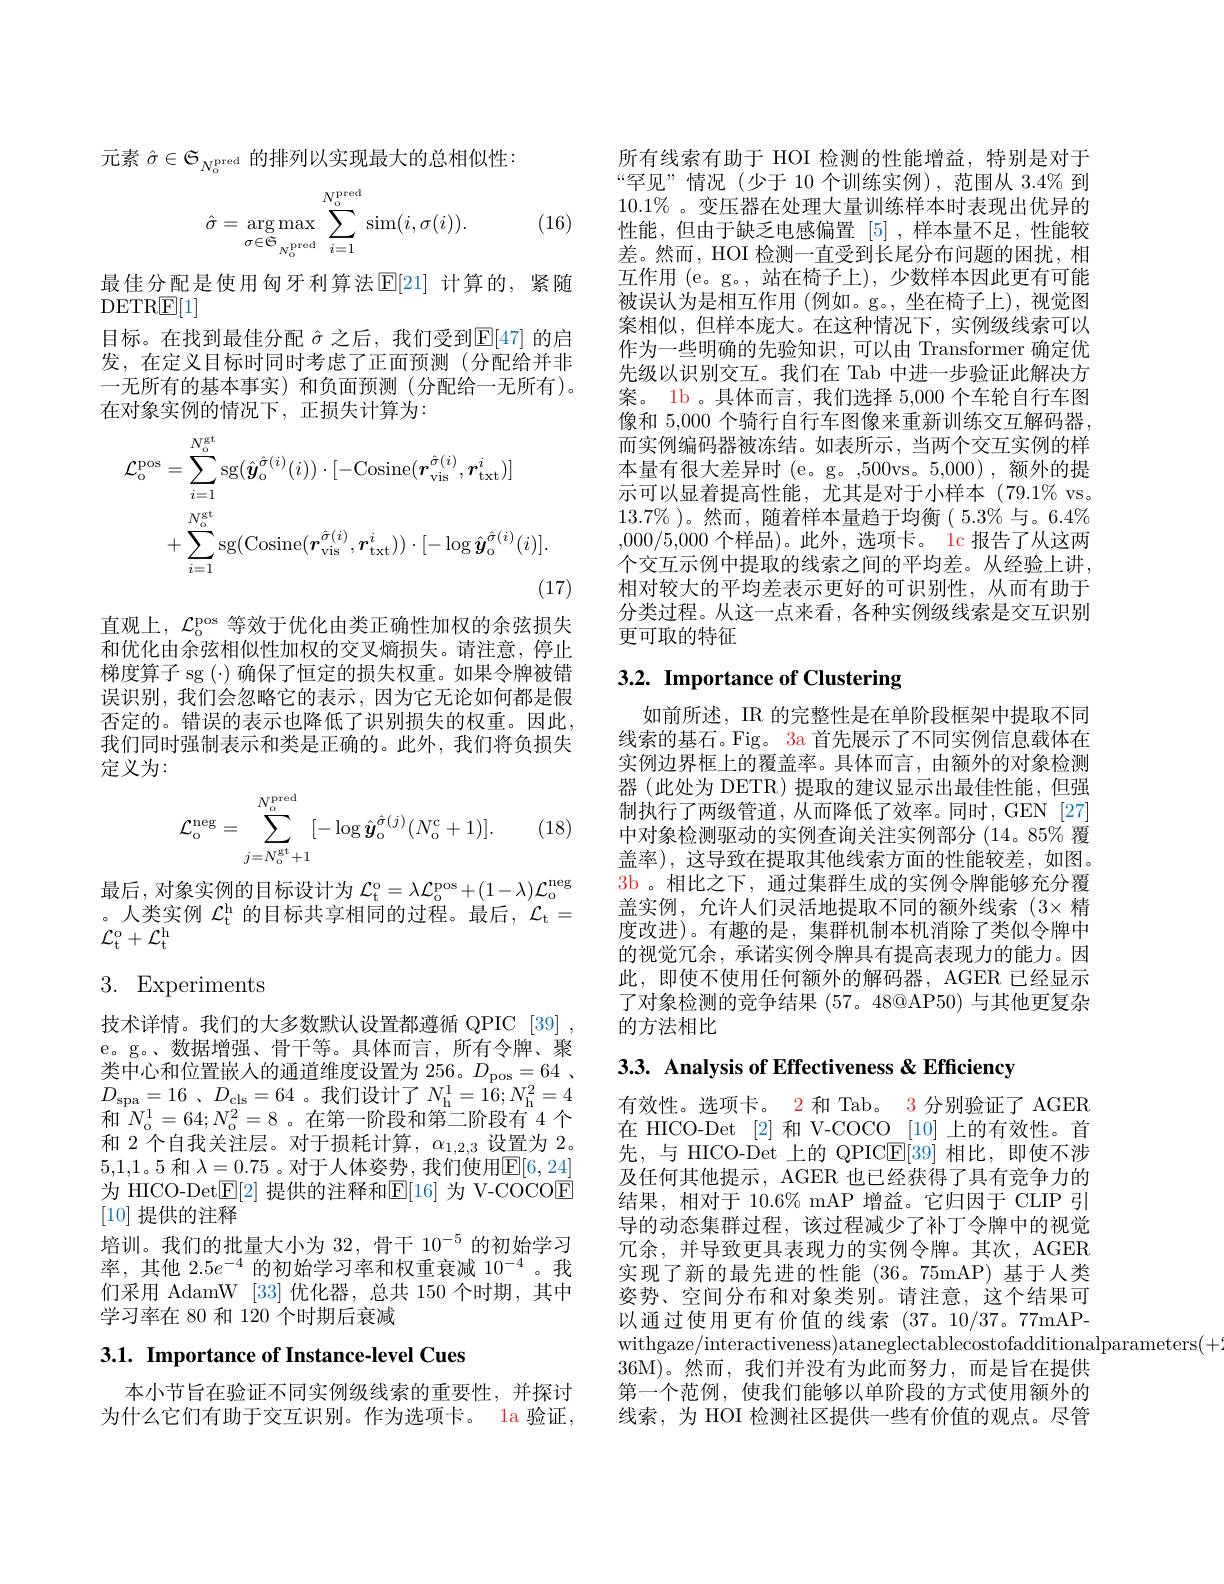
元素$\hat{\sigma}\in{\mathcal{G}}_{N_{0}^{\mathrm{pred}}}$的排列以实现最大的总相似性：
$$\hat{\sigma}=\underset{\sigma\in\mathfrak{S}}{\operatorname*{\arg\max}}\sum_{i=1}^{N_{\mathrm{o}}^{\mathrm{pred}}}\mathop{\sin(i,\sigma(i))}.$$
(16)

最佳分配是使用匈牙利算法$\mathbb{E}[21]$ 计算的，紧随
DETR$\mathbb{E}[1]$
目标。在找到最佳分配$\hat{\sigma}$之后，我们受到$\mathbb{E}[47]$的启发，在定义目标时同时考虑了正面预测(分配给并非一无所有的基本事实)和负面预测(分配给一无所有)。在对象实例的情况下，正损失计算为：
$$\begin{aligned}\mathcal{L}_{\mathrm{o}}^{\mathrm{pos}}&=\sum_{i=1}^{N_{\mathrm{o}}^{\mathrm{gt}}}\mathrm{sg}(\hat{\boldsymbol{y}}_{\mathrm{o}}^{\hat{\sigma}(i)}(i))\cdot[-\mathrm{Cosine}(\boldsymbol{r}_{\mathrm{vis}}^{\hat{\sigma}(i)},\boldsymbol{r}_{\mathrm{txt}}^{i})]\\&+\sum_{i=1}^{N_{\mathrm{o}}^{\mathrm{gt}}}\mathrm{sg}(\mathrm{Cosine}(\boldsymbol{r}_{\mathrm{vis}}^{\hat{\sigma}(i)},\boldsymbol{r}_{\mathrm{txt}}^{i}))\cdot[-\log\hat{\boldsymbol{y}}_{\mathrm{o}}^{\hat{\sigma}(i)}(i)].\end{aligned}$$
直观上，$\mathcal{L}_\mathrm{o}^\mathrm{pos}$等效于优化由类正确性加权的余弦损失和优化由余弦相似性加权的交叉熵损失。请注意，停止梯度算子 sg (·) 确保了恒定的损失权重。如果令牌被错误识别，我们会忽略它的表示，因为它无论如何都是假否定的。错误的表示也降低了识别损失的权重。因此， 我们同时强制表示和类是正确的。此外，我们将负损失定义为：
$$\mathcal{L}_{\mathrm{o}}^{\mathrm{neg}}=\sum_{j=N_{\mathrm{o}}^{\mathrm{gt}}+1}^{N_{\mathrm{o}}^{\mathrm{pred}}}[-\log\hat{\boldsymbol{y}}_{\mathrm{o}}^{\hat{\sigma}(j)}(N_{\mathrm{o}}^{\mathrm{c}}+1)].$$
(18)

最后，对象实例的目标设计为$\mathcal{L}_\mathrm{t}^\mathrm{o}=\lambda\mathcal{L}_\mathrm{o}^\mathrm{pos}+(1-\lambda)\mathcal{L}_\mathrm{o}^\mathrm{neg}$ 。人类实例$\mathcal{L}_\mathrm{t}^\mathrm{h}$的目标共享相同的过程。最后，$\mathcal{L}_\mathrm{t}=$ $\mathcal{L}_{\mathrm{t}}^{\mathrm{o}}+\mathcal{L}_{\mathrm{t}}^{\mathrm{h}}$

# 3. Experiments

技术详情。我们的大多数默认设置都遵循 QPIC [39] , e。g。、数据增强、骨干等。具体而言，所有令牌、聚类中心和位置嵌入的通道维度设置为 256。$D_{\mathrm{pos}}= 64$ . $D_{\mathrm{spa}}= 16$ , $D_{\mathrm{cls}}= 64$。我们设计了$N_\mathrm{h}^{1}=16;N_\mathrm{h}^{2}=4$ 和$N_{\mathrm{o}}^{1}=64;N_{\mathrm{o}}^{2}=8$。在第一阶段和第二阶段有 4 个和 2 个自我关注层。对于损耗计算，$\alpha_{1,2,3}$设置为 2。5,1,1。5 和 $\lambda=0.75$ 。对于人体姿势 ,我们使用$\mathbb{E}[6,24]$ 为 HICO-DetE[2] 提供的注释和E[16] 为 V-COCOE [10]提供的注释
培训。我们的批量大小为 32, 骨干 10$^{-5}$的初始学习率，其他$2.5e^{-4}$的初始学习率和权重衰减$10^{-4}$。我们采用 AdamW [33] 优化器，总共 150 个时期，其中学习率在 80 和 120 个时期后衰减

3.1. Importance of Instance-level Cues

本小节旨在验证不同实例级线索的重要性，并探讨为什么它们有助于交互识别。作为选项卡。la 验证，

所有线索有助于 HOI 检测的性能增益，特别是对于“罕见”情况(少于 10 个训练实例),范围从 3.4% 到$10.1\%$。变压器在处理大量训练样本时表现出优异的性能，但由于缺乏电感偏置[5] ,样本量不足，性能较差。然而，HOI 检测一直受到长尾分布问题的困扰，相互作用 (e。g。, 站在椅子上), 少数样本因此更有可能被误认为是相互作用 (例如。g。,坐在椅子上),视觉图案相似，但样本庞大。在这种情况下，实例级线索可以作为一些明确的先验知识，可以由 Transformer 确定优先级以识别交互。我们在 Tab 中进一步验证此解决方案。1b 。具体而言，我们选择 5,000 个车轮自行车图像和 5,000 个骑行自行车图像来重新训练交互解码器， 而实例编码器被冻结。如表所示，当两个交互实例的样本量有很大差异时(e。g。,500vs。5,000),额外的提示可以显着提高性能，尤其是对于小样本(79.1% vs。$13.7\%$ )。然而 ,随着样本量趋于均衡$(5.3\%$与。$6.4\%$ ,000/5,000个样品)。此外，选项卡。1c 报告了从这两个交互示例中提取的线索之间的平均差。从经验上讲， 相对较大的平均差表示更好的可识别性，从而有助于分类过程。从这一点来看，各种实例级线索是交互识别更可取的特征

# 3.2. Importance of Clustering

如前所述，IR 的完整性是在单阶段框架中提取不同线索的基石。Fig。3a 首先展示了不同实例信息载体在实例边界框上的覆盖率。具体而言，由额外的对象检测器(此处为 DETR) 提取的建议显示出最佳性能，但强制执行了两级管道，从而降低了效率。同时，GEN [27] 中对象检测驱动的实例查询关注实例部分 (14。85% 覆盖率),这导致在提取其他线索方面的性能较差，如图。3b 。相比之下，通过集群生成的实例令牌能够充分覆盖实例，允许人们灵活地提取不同的额外线索(3$\times 精$ 度改进)。有趣的是，集群机制本机消除了类似令牌中的视觉冗余，承诺实例令牌具有提高表现力的能力。因此，即使不使用任何额外的解码器，AGER 已经显示了对象检测的竞争结果(57。48@AP50) 与其他更复杂的方法相比

3.3. Analysis of Effectiveness & Efficiency

有效性。选项卡。2 和 Tab。3 分别验证了 AGER 在 HICO-Det [2] 和 V-COCO [10] 上的有效性。首先，与 HICO-Det 上的 QPICE[39] 相比，即使不涉及任何其他提示，AGER 也已经获得了具有竞争力的结果，相对于 10.6% mAP 增益。它归因于 CLIP 引导的动态集群过程，该过程减少了补丁令牌中的视觉冗余，并导致更具表现力的实例令牌。其次，AGER 实现了新的最先进的性能(36。75mAP) 基于人类姿势、空间分布和对象类别。请注意，这个结果可以通过使用更有价值的线索 (37。10/37。77mAPwithgaze/interactiveness)ataneglectablecostofadditionalparameters(+).
36M)。然而，我们并没有为此而努力，而是旨在提供第一个范例，使我们能够以单阶段的方式使用额外的线索，为 HOI 检测社区提供一些有价值的观点。尽管